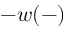
- w ( - )